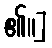
၏။]